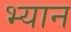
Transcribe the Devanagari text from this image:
भ्यान